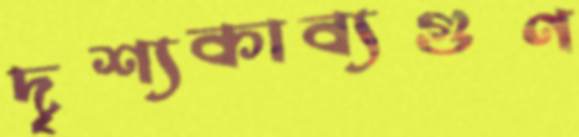
দৃশ্যকাব্যগুণ